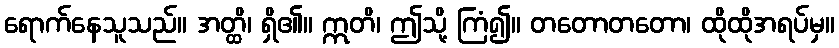
ရောက်နေသူသည်။ အတ္ထိ၊ ရှိ၏။ ဣတိ၊ ဤသို့ ကြံ၍။ တတောတတော၊ ထိုထိုအရပ်မှ။